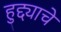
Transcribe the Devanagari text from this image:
हुद्द्याचे